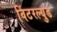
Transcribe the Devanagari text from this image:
विंटरल्युड